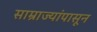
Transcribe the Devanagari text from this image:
साम्राज्यांपासून